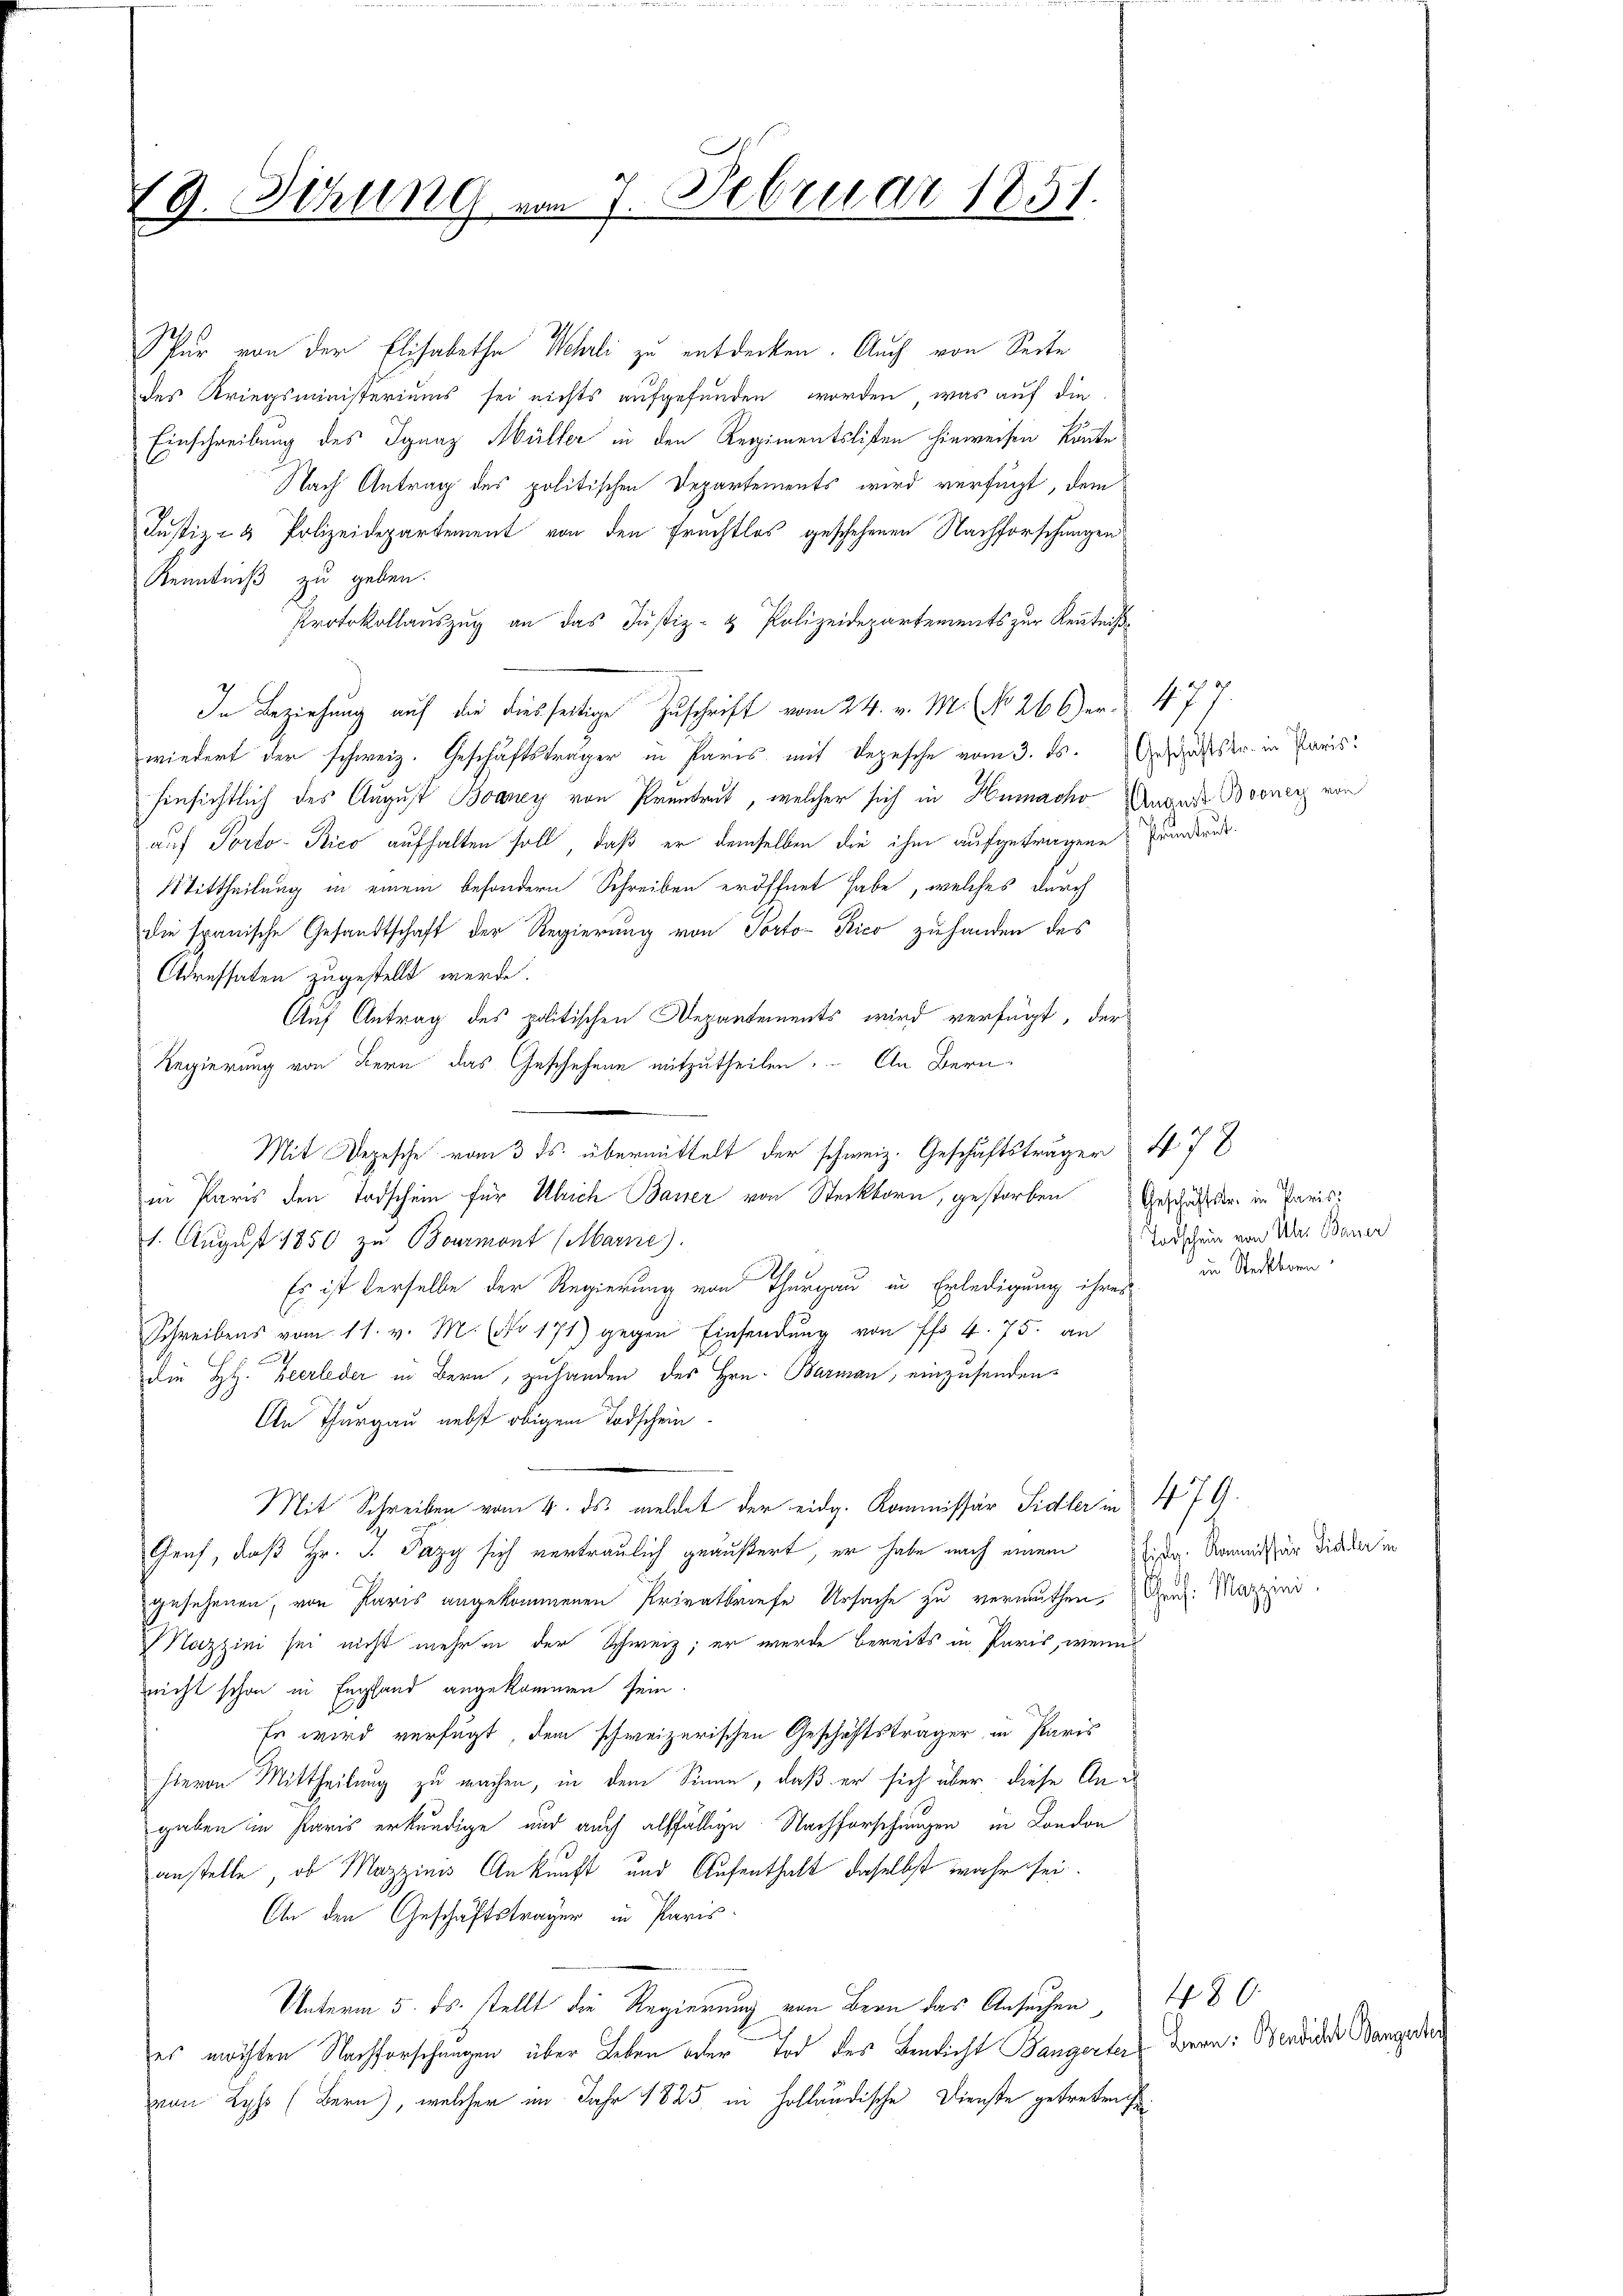
18. Sitzung vom 7. Februar 1851.

Spur von der Elisabethe Wehrli zu entdecken. Auch von Seite
des Kriegsministeriums sei nichts aufgefunden worden, was auf die
Einschreibung des Ignaz Müller in den Regimentslisten hinweisen könnte
Nach Antrag des politischen Departements wird verfügt, dem
Justiz- & Polizeidepartement von den Fruchtlos geschehenen Nachforschungen
Kenntniß zu geben.
Protokollauszug an das Justiz- & Polizeidepartements zur Kenntniß¬
In Beziehung auf die diesseitige Zuschrift vom 24. v. M. No. 26. Ger. 477.
wiedert der schweiz. Geschäftsträger in Paris mit Depesche vom 3. ds. Gesänftstr. in Paris
hinsichtlich des August Boaney von Prentent, welcher sich in Humache Angere Booney von
auf Porto Rico aufhalten soll, daß er demselben die ihm aufgetragene Transtruk¬
Mittheilung in einem besondern Schreiben eröffnet habe, welches durch
die spanische Gesandtschaft der Regierung von Porto- Kico zuhanden des
Adressaten zugestellt werde.
Auf Antrag des politischen Departements wird verfügt, der
Regierung von Bern das Geschehene mitzutheilen. An Bern
Mit Depesche vom 3. ds. übermittelt der schweiz. Geschäftsträger 4 78
in Paris den Todschein für Ulrich Basser von Steckborn, gestorben Geschäftster in Paris
1. August 1850 zu Bourmont (Marne).
Es ist derselbe der Regierung von Thurgau in Erledigung ihres
Schreibens vom 11. v. M. (No 171) gegen Einsendung von ff. 4. 75. an
.
die H. Heerleder in Bern, zuhanden des Hrn. Barman, einzusenden
An Thurgau nebst obigem Todschein
Mit Schreiben vom 4. ds. meldet der eidg. Kommissär Sidler in § 479.
Gruf, daß Hr. P. Pazy sich vertraulich geäußert, er habe nach einem da Kommissär diedler in
gesehenen, von Paris angekommenen Privatbriefe Ursache zu vermuthen. An Mazzini.
Mazzini sei nicht mehr in der Schweiz; er werde bereits in Paris, wenn
nicht schon in Empfand angekommen sein.
Es wird verfügt, dem schweizerischen Geschäftsträger in Paris
hievon Mittheilung zu machen, in dem Sinne, daß er sich über diese Angaben in Paris erkundige und auch allfällige Nachforschungen in London
anstelle, ob Mazzinis Ankunft und Aufenthalt daselbst wahr sei.
An den Geschäftsträger in Paris
Unterm 5. ds. stellt die Regierung von Bern das Ansuchen 48
es möchten Nachforschungen über Leben oder Tod des Bendicht angerter Bern: Wendider Bangert
von Lyss (Bern), welcher im Jahr 1825 in Holländische Dienste getreten se

Todschein von Uhr Bauer
in Steckborn.